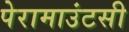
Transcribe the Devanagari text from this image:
पेरामाउंटसी